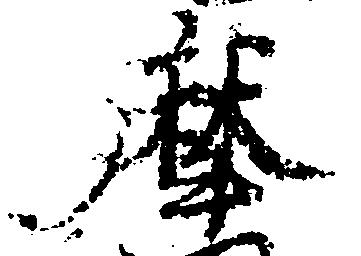
摩